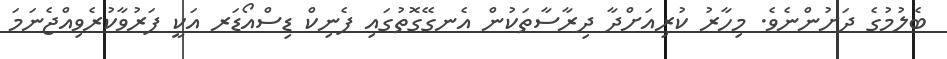
ބެލުމުގެ ދަށުންނެވެ. މިހާރު ކުރިއަށްދާ ދިރާސާތަކުން އެނގޭގޮތުގައި ޕެނިކް ޑިސްއޯޑަރ އަކީ ފަރުވާކުރެވިއްޖެނަމަ